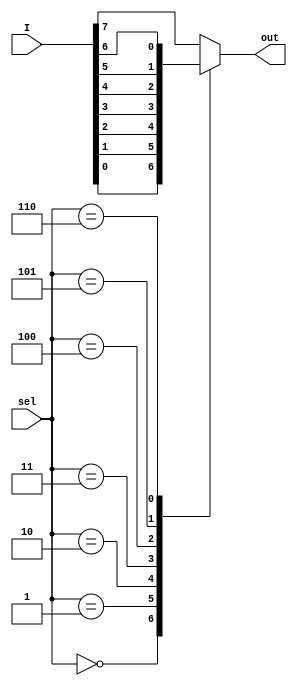
module mux_8To1(input [7:0] I, input [2:0] sel, output reg out);
always @(*) begin
case (sel)
3'b000: out = I[0];
3'b001: out = I[1];
3'b010: out = I[2];
3'b011: out = I[3];
3'b100: out = I[4];
3'b101: out = I[5];
3'b110: out = I[6];
default: out = I[7];
endcase
end
endmodule
// Sondos Aabed 1190652